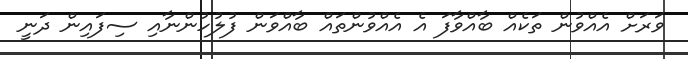
ވަރަށް އެއްވުން ތަކެއް ބާއްވާފަ އެ އެއްވުންތައް ބާއްވަން ފުލުހުންނާއި ސިފައިން ދަނީ